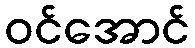
ဝင်အောင်